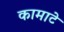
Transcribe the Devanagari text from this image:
कामाटे